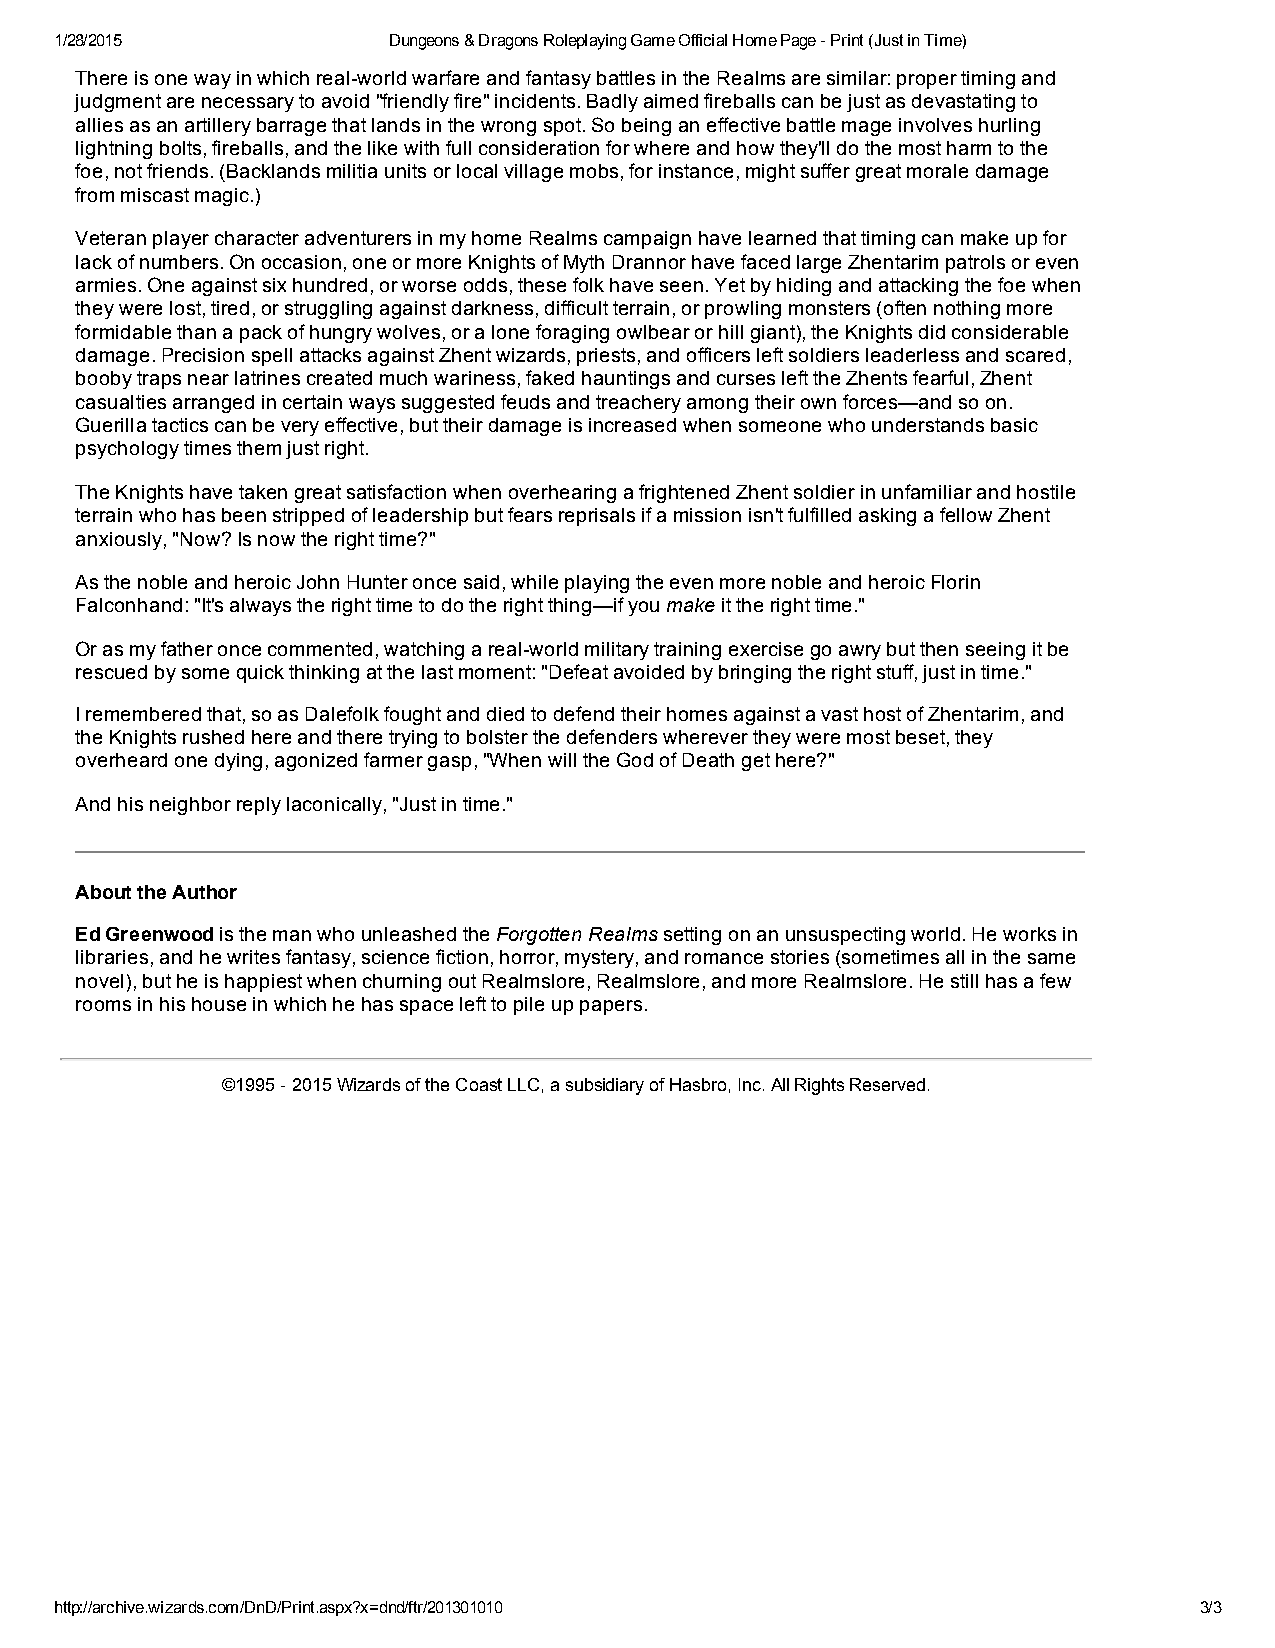
1/28/2015             Dungeons & Dragons Roleplaying Game Official Home Page ­ Print (Just in Time)
 There is one way in which real­world warfare and fantasy battles in the Realms are similar: proper timing and
 judgment are necessary to avoid "friendly fire" incidents. Badly aimed fireballs can be just as devastating to
 allies as an artillery barrage that lands in the wrong spot. So being an effective battle mage involves hurling
 lightning bolts, fireballs, and the like with full consideration for where and how they'll do the most harm to the
 foe, not friends. (Backlands militia units or local village mobs, for instance, might suffer great morale damage
 from miscast magic.)
 Veteran player character adventurers in my home Realms campaign have learned that timing can make up for
 lack of numbers. On occasion, one or more Knights of Myth Drannor have faced large Zhentarim patrols or even
 armies. One against six hundred, or worse odds, these folk have seen. Yet by hiding and attacking the foe when
 they were lost, tired, or struggling against darkness, difficult terrain, or prowling monsters (often nothing more
 formidable than a pack of hungry wolves, or a lone foraging owlbear or hill giant), the Knights did considerable
 damage. Precision spell attacks against Zhent wizards, priests, and officers left soldiers leaderless and scared,
 booby traps near latrines created much wariness, faked hauntings and curses left the Zhents fearful, Zhent
 casualties arranged in certain ways suggested feuds and treachery among their own forces—and so on.
 Guerilla tactics can be very effective, but their damage is increased when someone who understands basic
 psychology times them just right.
 The Knights have taken great satisfaction when overhearing a frightened Zhent soldier in unfamiliar and hostile
 terrain who has been stripped of leadership but fears reprisals if a mission isn't fulfilled asking a fellow Zhent
 anxiously, "Now? Is now the right time?"
 As the noble and heroic John Hunter once said, while playing the even more noble and heroic Florin
 Falconhand: "It's always the right time to do the right thing—if you make it the right time."
 Or as my father once commented, watching a real­world military training exercise go awry but then seeing it be
 rescued by some quick thinking at the last moment: "Defeat avoided by bringing the right stuff, just in time."
 I remembered that, so as Dalefolk fought and died to defend their homes against a vast host of Zhentarim, and
 the Knights rushed here and there trying to bolster the defenders wherever they were most beset, they
 overheard one dying, agonized farmer gasp, "When will the God of Death get here?"
 And his neighbor reply laconically, "Just in time."
 About the Author
 Ed Greenwood is the man who unleashed the Forgotten Realms setting on an unsuspecting world. He works in
 libraries, and he writes fantasy, science fiction, horror, mystery, and romance stories (sometimes all in the same
 novel), but he is happiest when churning out Realmslore, Realmslore, and more Realmslore. He still has a few
 rooms in his house in which he has space left to pile up papers.
 ©1995 ­ 2015 Wizards of the Coast LLC, a subsidiary of Hasbro, Inc. All Rights Reserved.
 http://archive.wizards.com/DnD/Print.aspx?x=dnd/ftr/201301010              3/3